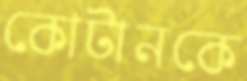
কোটানকে